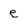
Character: e